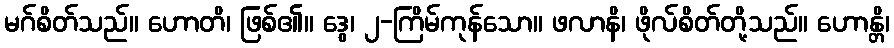
မဂ်စိတ်သည်။ ဟောတိ၊ ဖြစ်၏။ ဒွေ၊ ၂-ကြိမ်ကုန်သော။ ဖလာနိ၊ ဖိုလ်စိတ်တို့သည်။ ဟောန္တိ၊